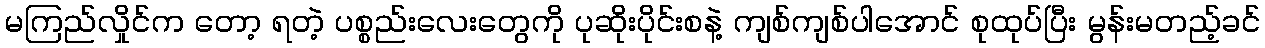
မကြည်လှိုင်က တော့ ရတဲ့ ပစ္စည်းလေးတွေကို ပုဆိုးပိုင်းစနဲ့ ကျစ်ကျစ်ပါအောင် စုထုပ်ပြီး မွန်းမတည့်ခင်